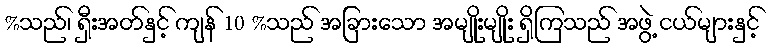
%သည်၊ ရှီးအတ်နှင့် ကျန် 10 %သည် အခြားသော အမျိုးမျိုး ရှိကြသည် အဖွဲ့ ငယ်များနှင့်